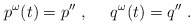
\begin{align*}p^\omega(t) = p''\ ,\ \ \ \ q^\omega(t) = q''\ .\end{align*}